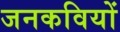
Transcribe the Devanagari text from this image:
जनकवियों